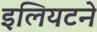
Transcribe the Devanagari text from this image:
इलियटने